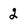
Character: 2